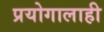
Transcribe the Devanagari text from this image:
प्रयोगालाही